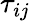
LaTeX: \tau_{ij}